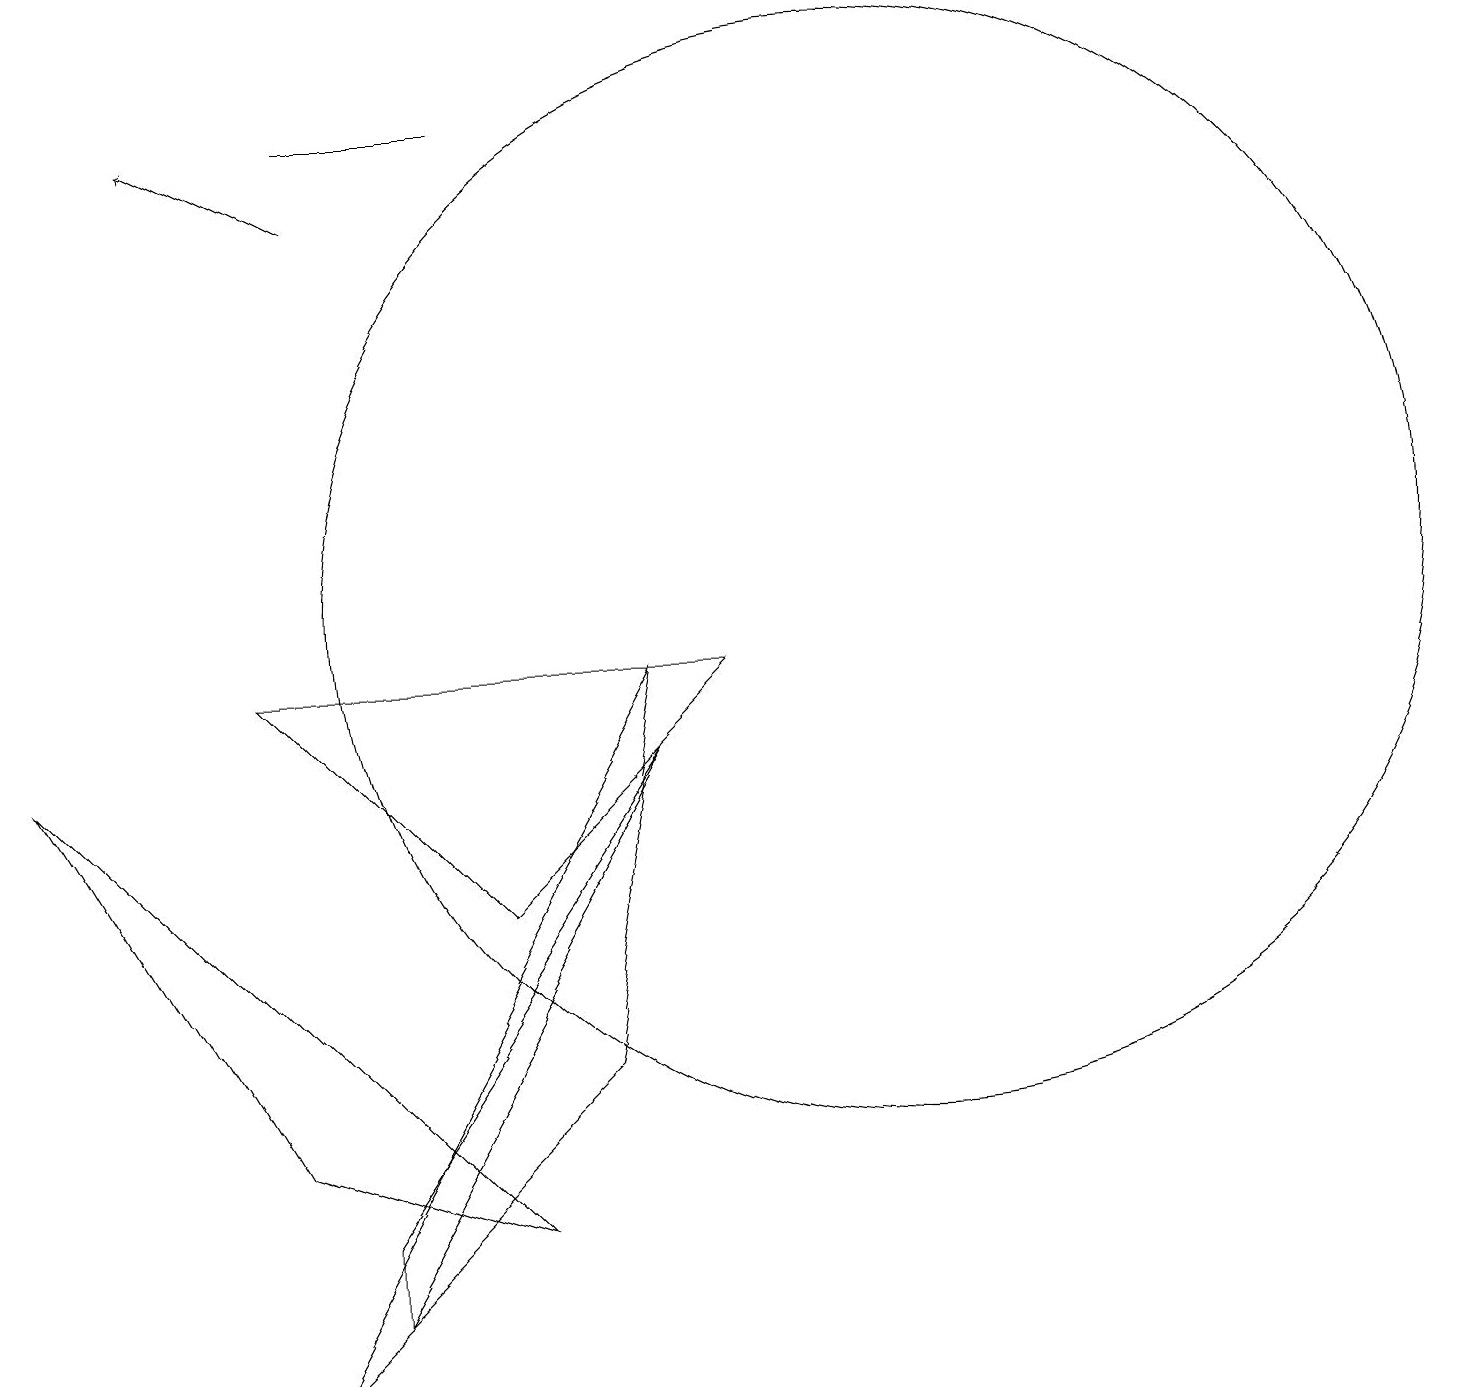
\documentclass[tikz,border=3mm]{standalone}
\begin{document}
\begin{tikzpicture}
\draw (3,3) -- (0,8) -- (6,2) -- cycle;
\draw (8,9) -- (7,4) -- (3,0) -- cycle;
\draw (11,10) circle (7);
\draw (8,8) -- (4,2) -- (4,1) -- cycle;
\draw (9,9) -- (6,6) -- (3,9) -- cycle;
\draw[->] (4,15) -- (2,16);
\draw (4,16) rectangle (6,16);
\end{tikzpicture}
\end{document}